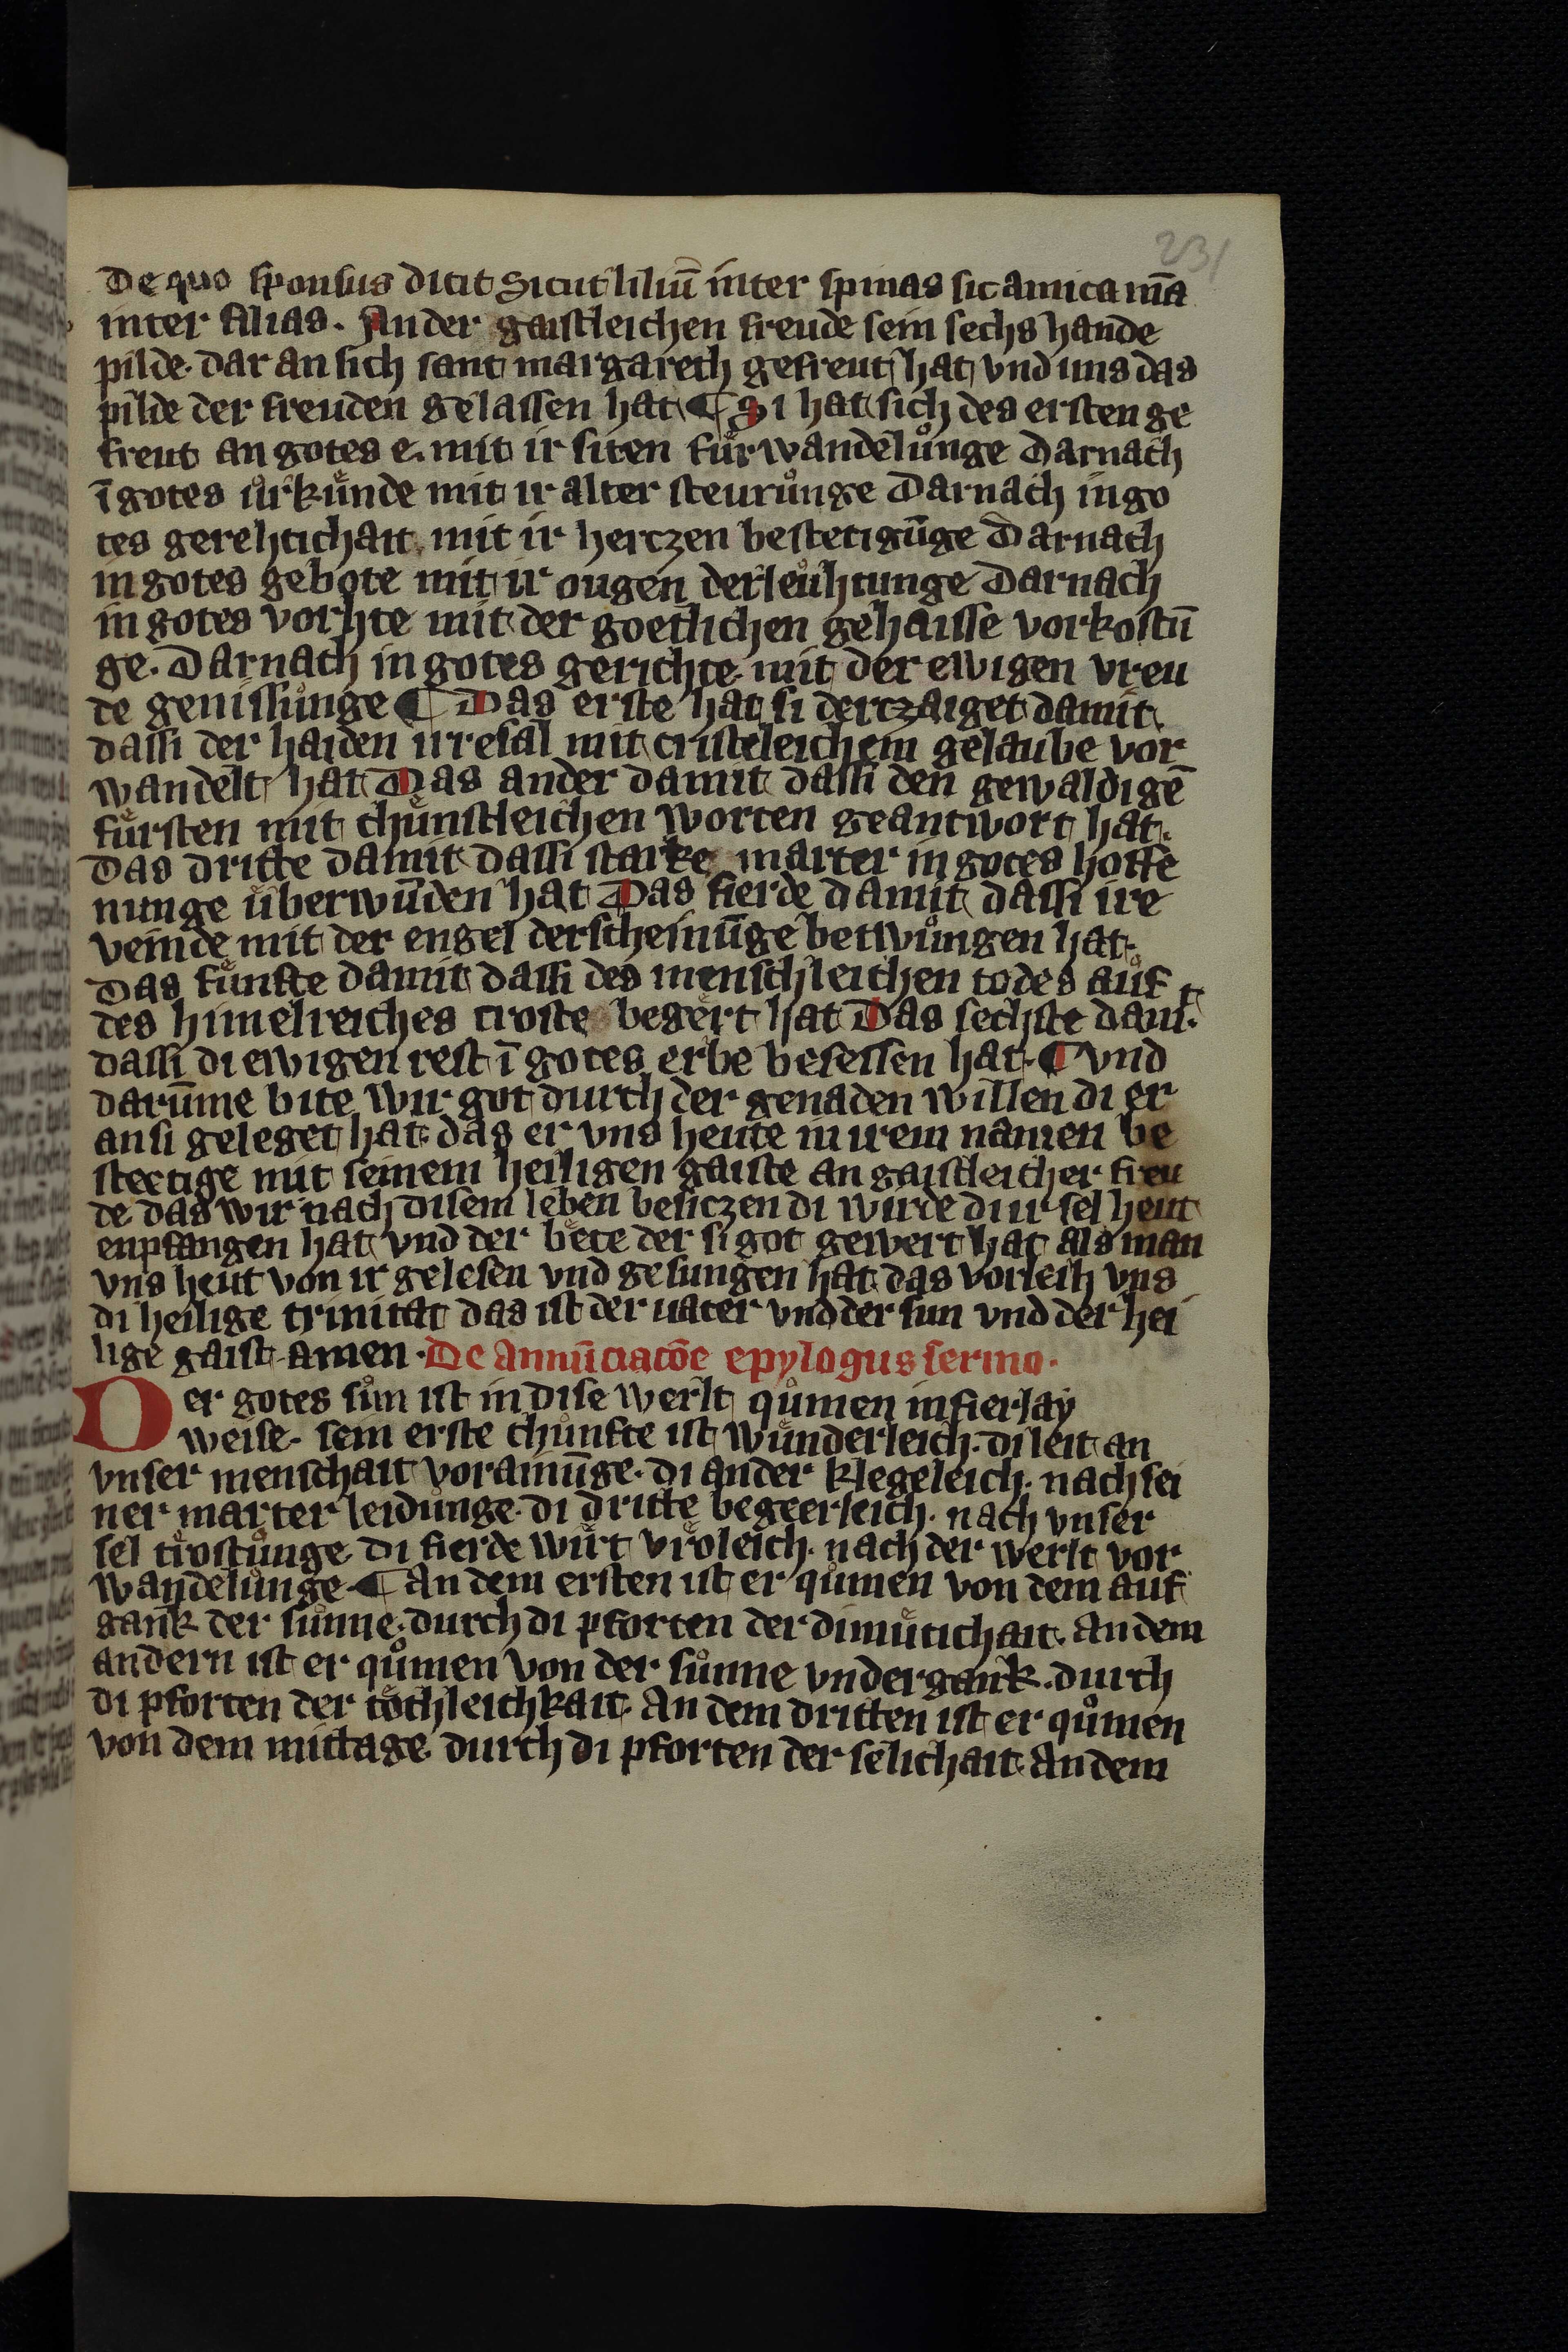
Shelfmark: Leipzig, Universitäts Bibliothek Leipzig, Ms 758
Century: 14